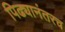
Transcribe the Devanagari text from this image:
पिढ्यानंतरच